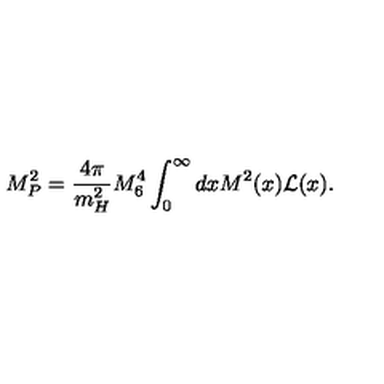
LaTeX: M _ { P } ^ { 2 } = \frac { 4 \pi } { m _ { H } ^ { 2 } } M _ { 6 } ^ { 4 } \int _ { 0 } ^ { \infty } d x M ^ { 2 } ( x ) { \cal L } ( x ) .